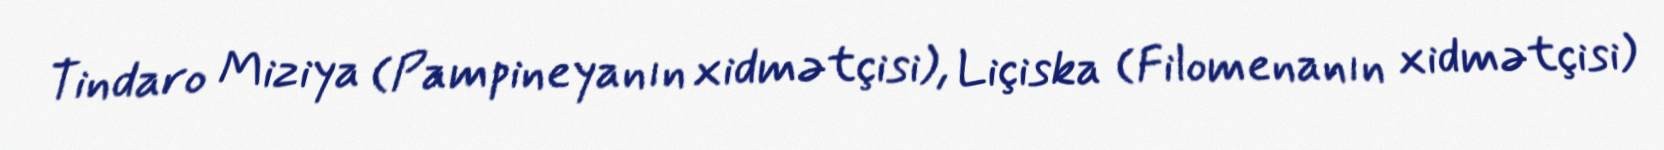
Tindaro Miziya (Pampineyanın xidmətçisi), Liçiska (Filomenanın xidmətçisi)